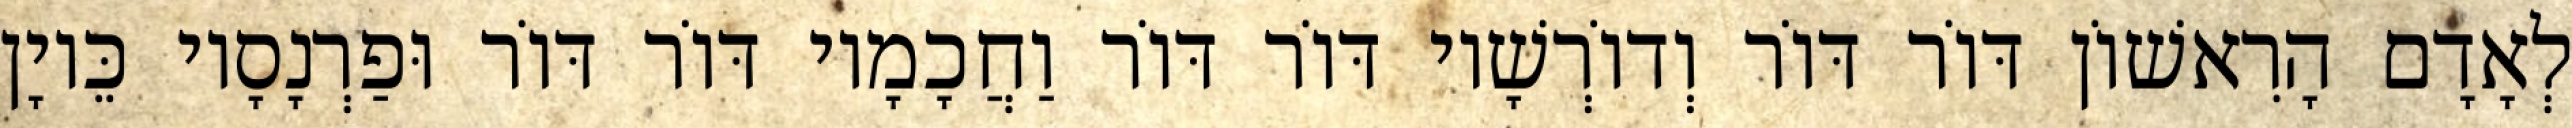
לְאָדָם הָרִאשׁוֹן דּוֹר דּוֹר וְדוֹרְשָׁיו דּוֹר דּוֹר וַחֲכָמָיו דּוֹר דּוֹר וּפַרְנָסָיו כֵּיוָן